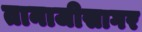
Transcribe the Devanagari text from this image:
तानाजीसागर